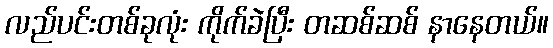
လည်ပင်းတစ်ခုလုံး ကိုက်ခဲပြီး တဆစ်ဆစ် နာနေတယ်။